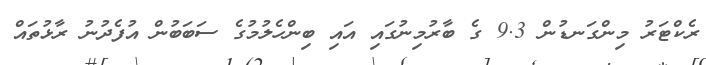
ރެކްޓަރު މިންގަނޑުން 9.3 ގެ ބާރުމިނުގައި އައި ބިންހެލުމުގެ ސަބަބުން އުފެދުނު ރާޅުތައް